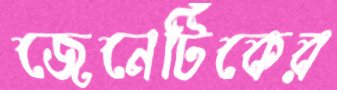
জেনেটিকের